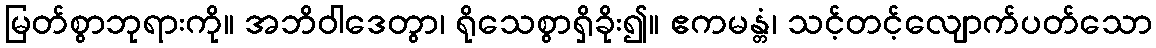
မြတ်စွာဘုရားကို။ အဘိဝါဒေတွာ၊ ရိုသေစွာရှိခိုး၍။ ဧကမန္တံ၊ သင့်တင့်လျောက်ပတ်သော